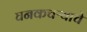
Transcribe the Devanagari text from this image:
घनकचऱ्याचे